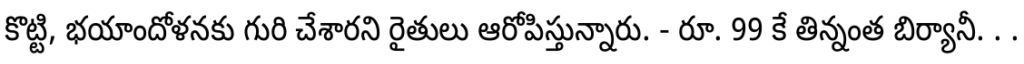
కొట్టి, భయాందోళనకు గురి చేశారని రైతులు ఆరోపిస్తున్నారు. - రూ. 99 కే తిన్నంత బిర్యానీ. . .